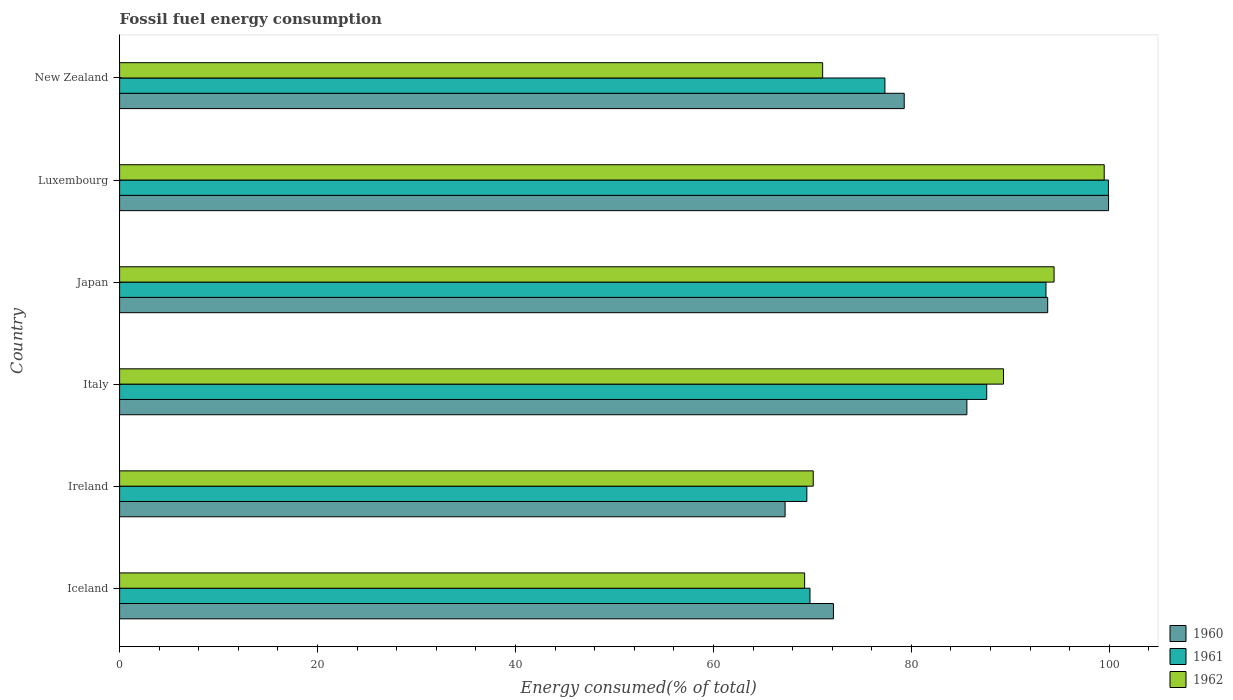
| Country | 1960 | 1961 | 1962 |
 | --- | --- | --- | --- |
 | Iceland | 72.1 | 69.8 | 69.2 |
 | Ireland | 67.2 | 69.4 | 70.1 |
 | Italy | 85.6 | 87.6 | 89.3 |
 | Japan | 93.8 | 93.6 | 94.4 |
 | Luxembourg | 99.9 | 99.9 | 99.5 |
 | New Zealand | 79.3 | 77.3 | 71 |